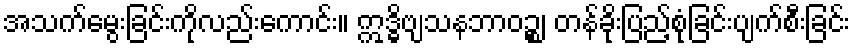
အသက်မွေးခြင်းကိုလည်းကောင်း။ ဣဒ္ဓိဗျသနဘာဝဉ္စ၊ တန်ခိုးပြည့်စုံခြင်းပျက်စီးခြင်း